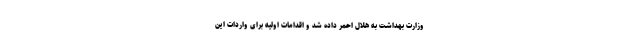
وزارت بهداشت به هلال احمر داده شد و اقدامات اولیه برای واردات این